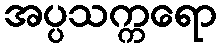
အပ္ပသက္ကရော